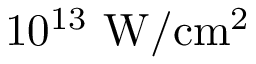
1 0 ^ { 1 3 } \ \mathrm { W / c m ^ { 2 } }